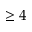
\geq 4